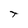
Character: t